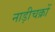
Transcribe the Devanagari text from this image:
नाड़ीचक्रों